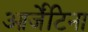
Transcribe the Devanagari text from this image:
आर्जेंटिना